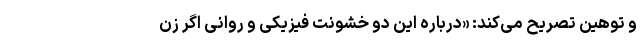
و توهین تصریح می‌کند: «درباره این دو خشونت فیزیکی و روانی اگر زن